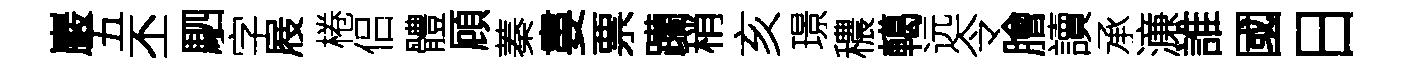
巖五丕駟字屐棬侣體頋蓁婁票躪稍亥璟穠轕远令膾讀承濓誰國日